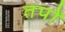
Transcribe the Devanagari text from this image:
तपों